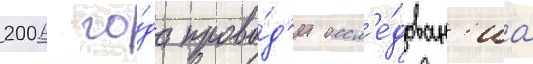
2006 го́да прово́д'ит иссл'е́дован'иа